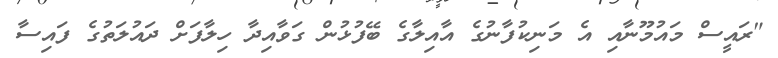
"ރައީސް މައުމޫނާއި އެ މަނިކުފާނުގެ އާއިލާގެ ބޭފުޅުން ގަވާއިދާ ހިލާފަށް ދައުލަތުގެ ފައިސާ